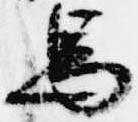
馬